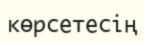
көрсетесің